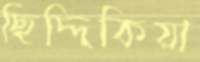
ছিদ্দিকিয়া